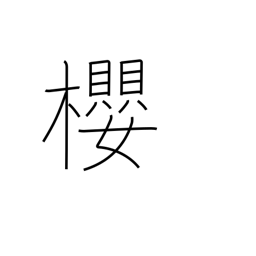
Meaning: cherry